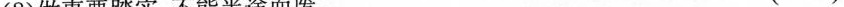
(2)做事要踏实，不能半途而废。 ( )